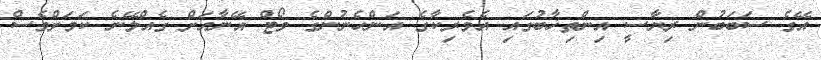
އޭގެ ސަބަބުން ރިޔާސީ އިންތިޚާބުގައި އެމެރިކާގެ އަންހެނުންގެ ވޯޓް އޭނާއަށް ގެއްލޭނެ ކަމަށްވެސް